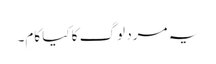
یہ مرد لوگ کا کیا کام۔